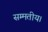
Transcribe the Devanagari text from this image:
सम्मतीय।